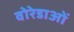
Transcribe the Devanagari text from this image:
वोरेडाओं